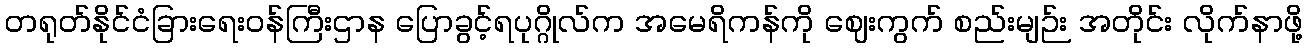
တရုတ်နိုင်ငံခြားရေးဝန်ကြီးဌာန ပြောခွင့်ရပုဂ္ဂိုလ်က အမေရိကန်ကို ဈေးကွက် စည်းမျဉ်း အတိုင်း လိုက်နာဖို့